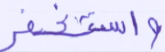
واستغفر